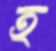
হ